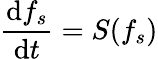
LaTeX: \frac{\mathrm{d}f_{s}}{\mathrm{d}t}=S(f_{s})